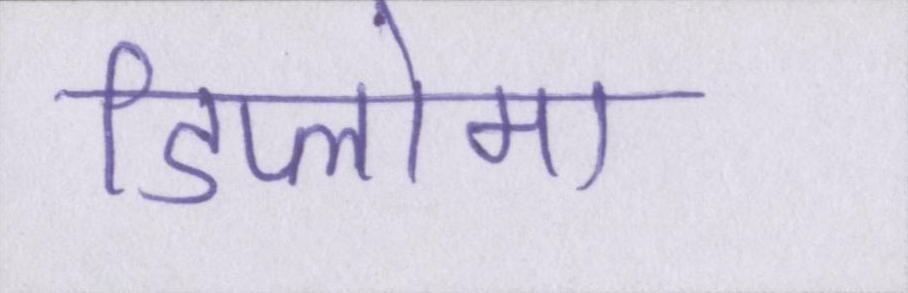
डिप्लोमा